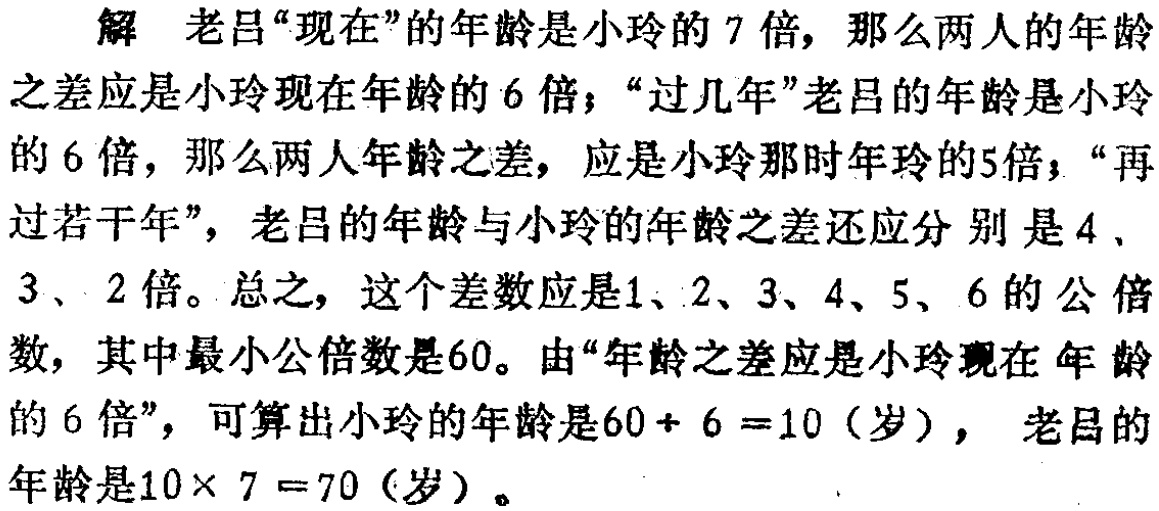
解 老吕“现在”的年龄是小玲的 7 倍，那么两人的年龄

之差应是小玲现在年龄的 6 倍；“过几年”老吕的年龄是小玲

的 6 倍，那么两人年龄之差，应是小玲那时年龄的5倍；“再

过若干年”，老吕的年龄与小玲的年龄之差还应分 别 是 4、

3、2 倍。总之，这个差数应是1、2、3、4、5、6 的 公 倍

数，其中最小公倍数是60。由“年龄之差应是小玲现在 年 龄

的 6 倍”，可算出小玲的年龄是$60\div 6 =10$（岁）， 老吕的

年龄是$10\times 7 =70$（岁）。